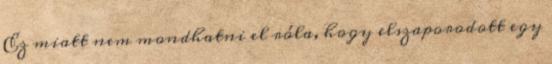
Ez miatt nem mondhatni el róla, hogy elszaporodott egy